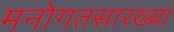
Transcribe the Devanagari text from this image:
मनोगतसारख्या